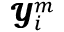
\pmb { \mathcal { Y } } _ { i } ^ { m }